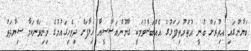
ބަޔާނުގައި އިތުރަށް ބުނީ އުތުރުތިލަފަޅުގެ އެއްބަސްވުމަކީ ގާނޫނުއަސާސީއާ ހިލާފަށް ދިވެހިގައުމުގެ މިނިވަންކަމާ ސިޔާދަތު